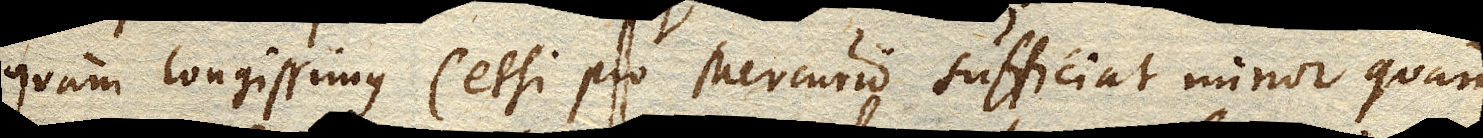
quam longissimus (etsi pro Mercurio sufficiat minor quam